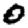
Digit: 0